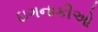
ઇગનાકીઓ